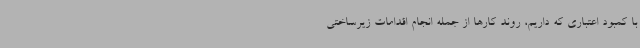
با کمبود اعتباری که داریم، روند کارها از جمله انجام اقدامات زیرساختی